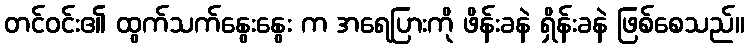
တင်ဝင်း၏ ထွက်သက်နွေးနွေး က အရေပြားကို ဖိန်းခနဲ ရှိန်းခနဲ ဖြစ်စေသည်။